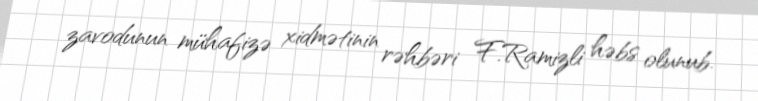
zavodunun mühafizə xidmətinin rəhbəri F.Ramizli həbs olunub.